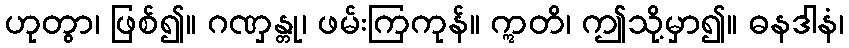
ဟုတွာ၊ ဖြစ်၍။ ဂဏှန္တု၊ ဖမ်းကြကုန်။ ဣတိ၊ ဤသို့မှာ၍။ ဓနဒါနံ၊